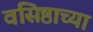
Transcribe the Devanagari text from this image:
वसिष्ठाच्या